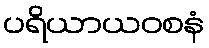
ပရိယာယဝစနံ